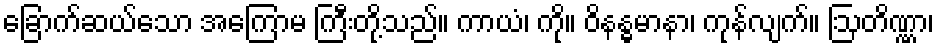
ခြောက်ဆယ်သော အကြောမ ကြီးတို့သည်။ ကာယံ၊ ကို။ ဝိနန္ဓမာနာ၊ ကုန်လျက်။ ဩတိဏ္ဏာ၊